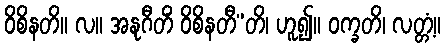
ဝိစိနတိ။ လ။ အနုဂီတိံ ဝိစိနတီ”တိ၊ ဟူ၍။ ဝက္ခတိ၊ လတ္တံ့။